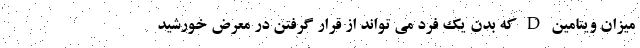
میزان ویتامین D که بدن یک فرد می تواند از قرار گرفتن در معرض خورشید